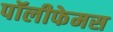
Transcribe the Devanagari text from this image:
पॉलीफेमस